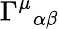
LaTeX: \Gamma^{\mu}{}_{\alpha\beta}